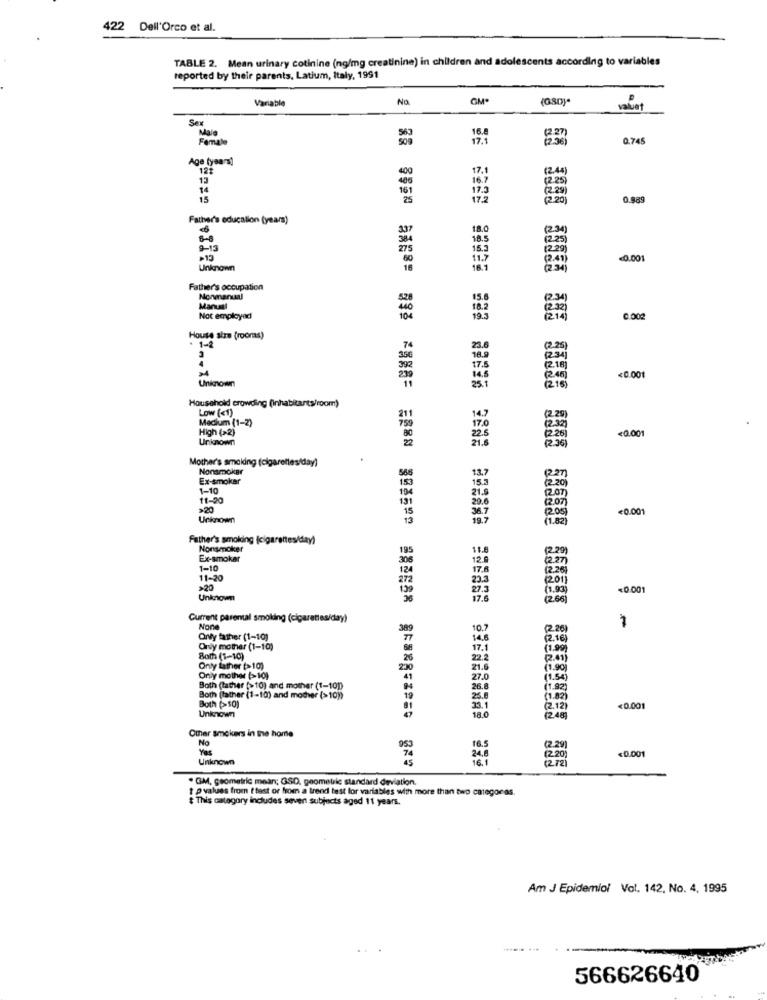
422 Dell'Orco et al.
TABLE 2. Mean urinary cotinine (ng/mg creatinine) in children and adolescents according to variables
reported by their parents. Latium, Italy, 1991
Variable
No.
valuet
Ser
Maio
16.8
Female
17.1
Q.745
Age (years)
122
400
17.
(24)
13
(2.25)
14
161
175
(29)
15
25
(2 20
0.889
Father's educalion (years)
337
18.0
(230)
6-8
18.5
(25)
9-13
16.3
(2.29)
11.7
<0.001
Unknown
18.1
Father's occupation
Nonmanual
(234)
Manual
Not employed
0.002
House aire (rooms)
1-2
(228)
1234
12 18
Unknown
<0.001
25.1
(216)
Household crowding (inhabitants/room)
Low (<1)
Medium (1-2)
14.7
(220)
High (>2)
17.0
<0.001
Unknown
21.6
(2 26)
(228)
Mother's smoidng (cigarettes/day)
Nonsmoker
Ex-smokar
13.7
15.3
(220
1-10
21.8
(207)
11-20
1207
<0.001
Unknown
19.7
(200)
(1.82)
Father's smoking (cigarettes/day)
Nonsmoker
11.8
(229)
Ex-smoker
120
1-10
17.8
12.20
11-20
23.3
(2011
>20
27.5
<0.001
Unknown
17.6
(2.66)
Current parental smoking (cigarettes/day)
7
389
10.7
(228)
Only father (1-10)
14.8
(2.16)
Only mother (1-10)
17.1
(1.99)
Both (1-10)
26
222
(201)
Only father (>10)
2:30
21.6
(1,90)
Only mother (>10)
27.0
(1.54)
Both (lather (>10) and mother (1-100)
26.8
(1.92)
Both (tather (1-10) and mother (>10))
Both (10)
25.8
(1.82)
Unknown
33.1
(2.12)
<0.001
18.0
(2.48)
Other smokers in the home
No
Yes
(2.20)
(2.29)
<0.001
Unknown
24.8
16.1
(2/2)
. GM, geometric mean; GSD, geometric standard deviation.
t pvalues from t test or from a trend test for variables with more than two categories.
This category includes seven subjects aged 11 years.
Am J Epidemiol Vol. 142, No. 4, 1995
566626640